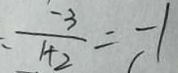
\frac { - 3 } { 1 + 2 } = - 1